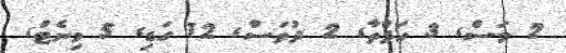
2 މަސް